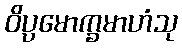
ဝိပ္ပမောက္ခမာဟံသု